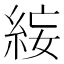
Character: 𥿺